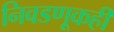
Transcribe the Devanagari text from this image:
निवडणूकही